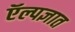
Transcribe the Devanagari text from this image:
ऍल्पज्ञात